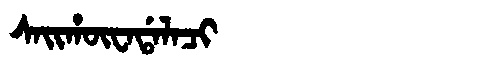
Manchu: ᠰᠠᡳᡥᡡᠸᠠᡩᠠᠯᠠᠴᡳ
Romanization: SAIHŪWADALACI